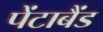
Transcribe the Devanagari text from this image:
पेंटाबैंड